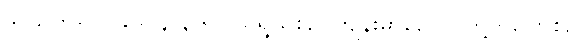
ဒု-သုတ်-ပါ-၉၀၊ ၄-၃၆၊ ငယ်ရွယ်စဉ်၊ ကျန်းမာစဉ်၊ လူတို့ ဝပြောစဉ်၊